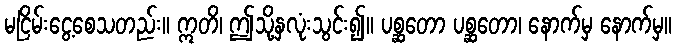
မငြိမ်းငွေ့စေသတည်း။ ဣတိ၊ ဤသို့နှလုံးသွင်း၍။ ပစ္ဆတော ပစ္ဆတော၊ နောက်မှ နောက်မှ။